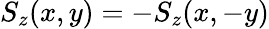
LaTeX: S_{z}(x,y)=-S_{z}(x,-y)